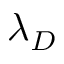
\lambda _ { D }